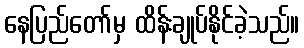
နေပြည်တော်မှ ထိန်းချုပ်နိုင်ခဲ့သည်။